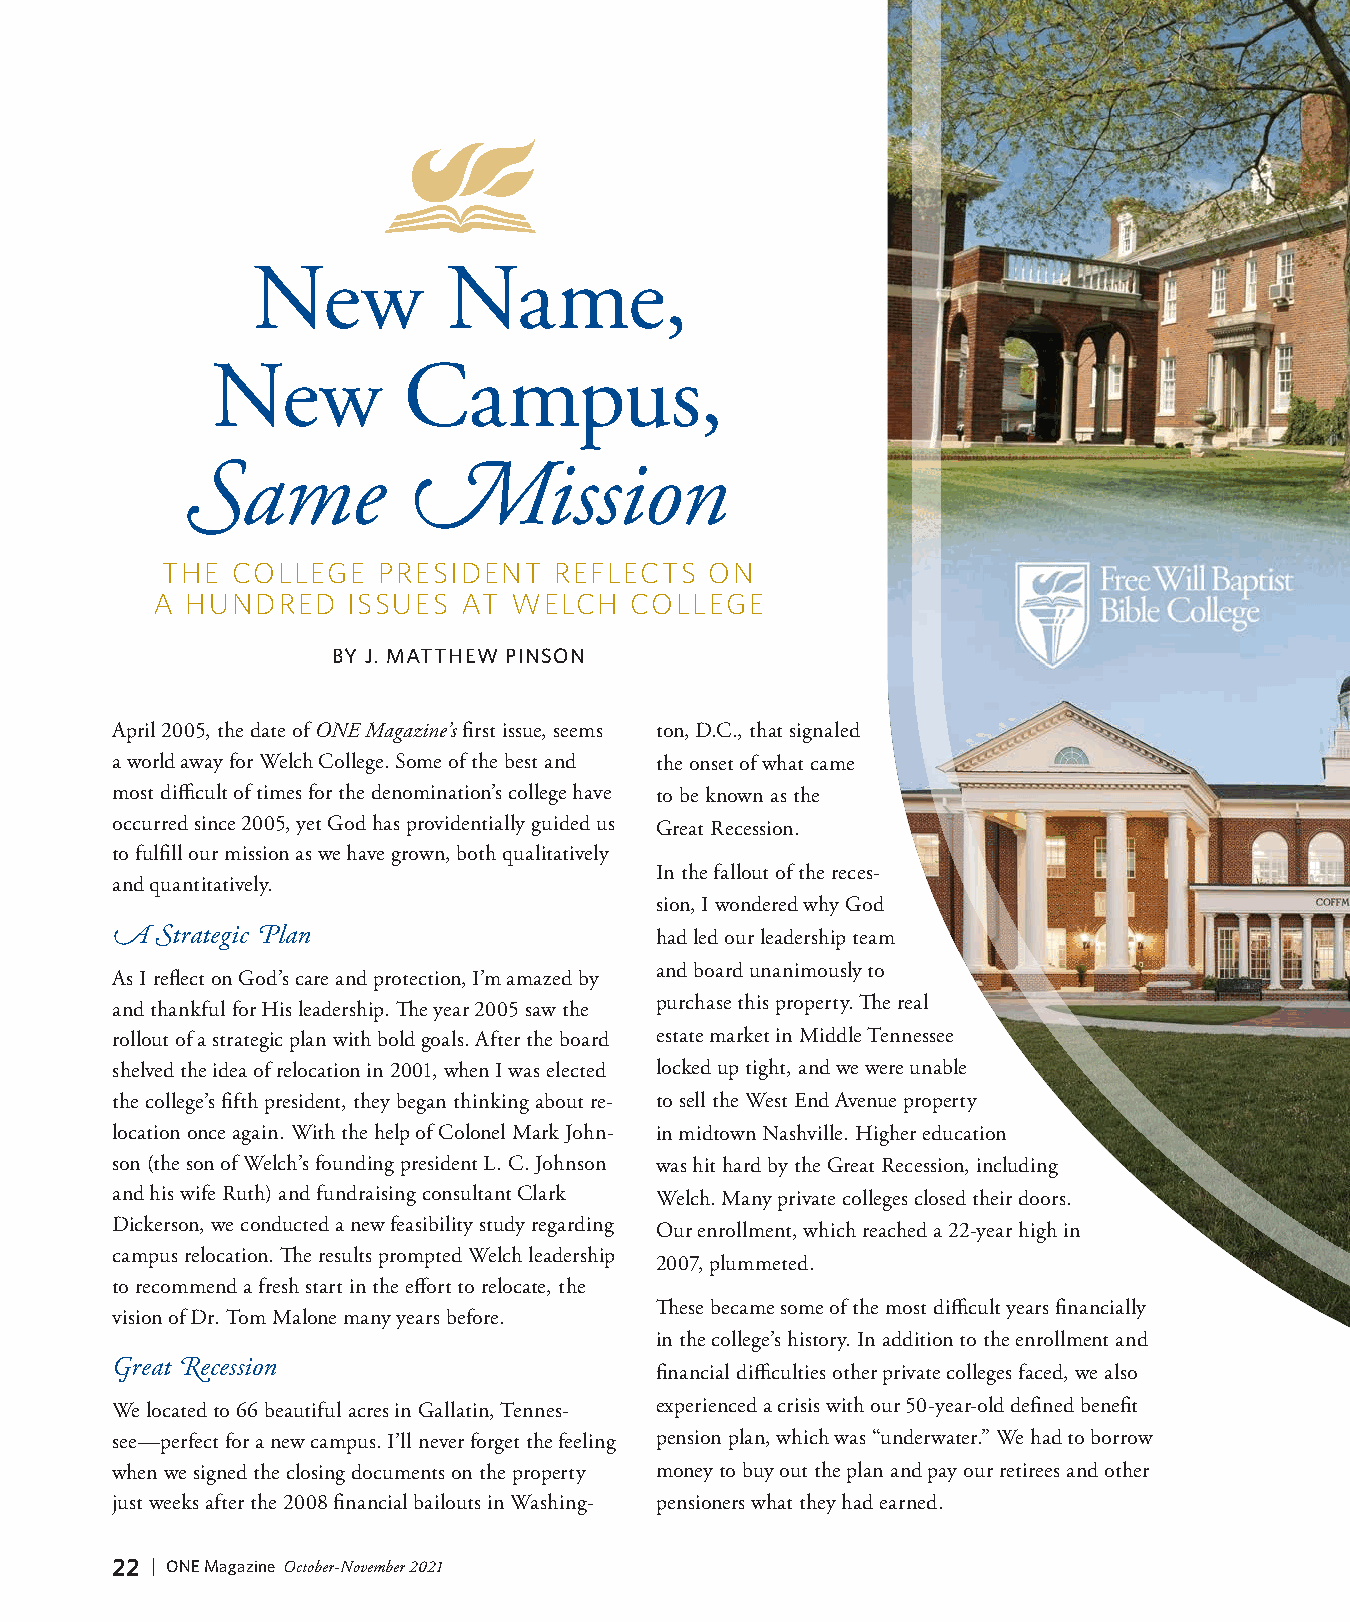
New          Name,
 New          Campus,
 Same           Mission
 THE COLLEGE   PRESIDENT   REFLECTS  ON
 A HUNDRED    ISSUES  AT WELCH   COLLEGE
 BY J. MATTHEW PINSON
 April 2005, the date of ONE Magazine’s first issue, seems ton, D.C., that signaled
 a world away for Welch College. Some of the best and the onset of what came
 most difficult of times for the denomination’s college have to be known as the
 occurred since 2005, yet God has providentially guided us Great Recession.
 to fulfill our mission as we have grown, both qualitatively
 In the fallout of the reces-
 and quantitatively.
 sion, I wondered why God
 A  Strategic Plan                   had led our leadership team
 and board unanimously to
 As I reflect on God’s care and protection, I’m amazed by
 purchase this property. The real
 and thankful for His leadership. The year 2005 saw the
 rollout of a strategic plan with bold goals. After the board estate market in Middle Tennessee
 shelved the idea of relocation in 2001, when I was elected locked up tight, and we were unable
 the college’s fifth president, they began thinking about re- to sell the West End Avenue property
 location once again. With the help of Colonel Mark John- in midtown Nashville. Higher education
 son (the son of Welch’s founding president L. C. Johnson was hit hard by the Great Recession, including
 and his wife Ruth) and fundraising consultant Clark Welch. Many private colleges closed their doors.
 Dickerson, we conducted a new feasibility study regarding Our enrollment, which reached a 22-year high in
 campus relocation. The results prompted Welch leadership
 2007, plummeted.
 to recommend a fresh start in the effort to relocate, the
 These became some of the most difficult years financially
 vision of Dr. Tom Malone many years before.
 in the college’s history. In addition to the enrollment and
 Great Recession
 financial difficulties other private colleges faced, we also
 We located to 66 beautiful acres in Gallatin, Tennes- experienced a crisis with our 50-year-old defined benefit
 see—perfect for a new campus. I’ll never forget the feeling pension plan, which was “underwater.” We had to borrow
 when we signed the closing documents on the property money to buy out the plan and pay our retirees and other
 just weeks after the 2008 financial bailouts in Washing- pensioners what they had earned.
 22 | ONE Magazine October-November 2021